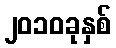
၂၀၁၀ခုနှစ်